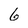
Character: 6